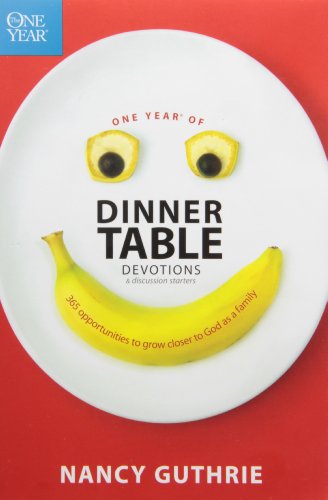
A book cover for One Year of Dinner Table Devotions and Discussion Starters: 365 Opportunities to Grow Closer to God as a Family; Nancy Guthrie; Christian Books & Bibles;